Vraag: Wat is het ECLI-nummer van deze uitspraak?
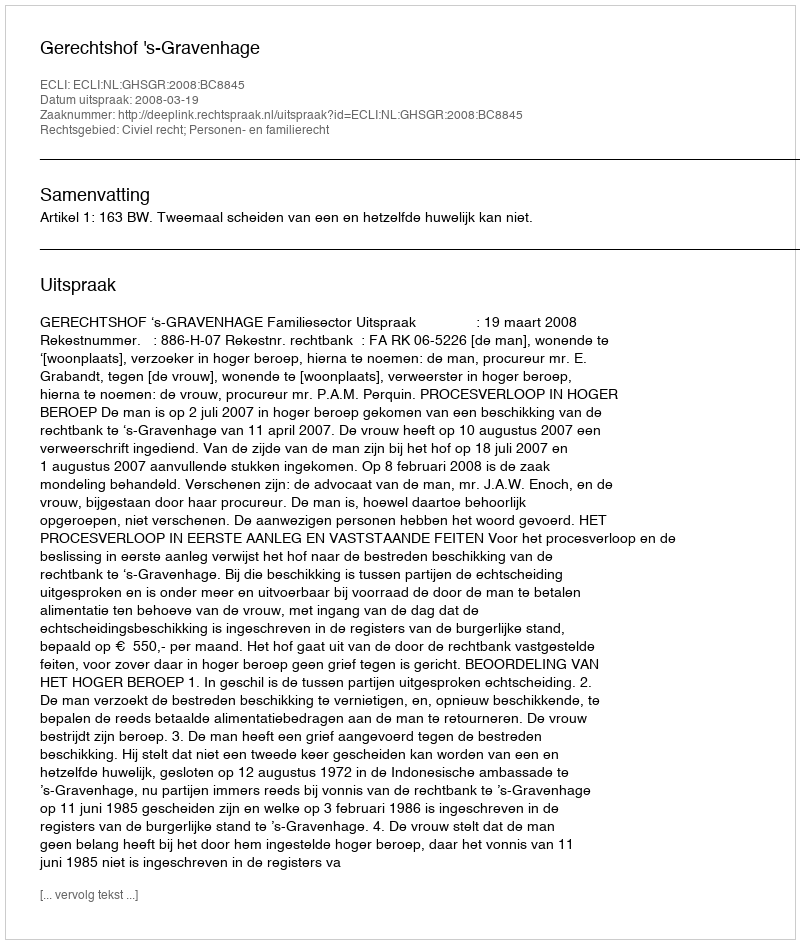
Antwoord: ECLI:NL:GHSGR:2008:BC8845